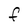
Character: F